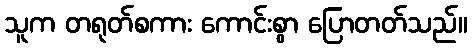
သူက တရုတ်စကား ကောင်းစွာ ပြောတတ်သည်။